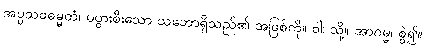
အပ္ပသဝဓမ္မတံ၊ မပွားစီးသော သဘောရှိသည်၏ အဖြစ်ကို။ ဝါ၊ သို့။ အာဂမ္မ၊ စွဲ၍။